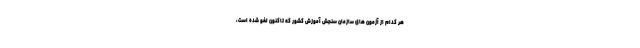
هر کدام از آزمون های سازمان سنجش آموزش کشور که تاکنون لغو شده است،